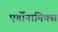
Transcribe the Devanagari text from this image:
एर्गोनामिक्स